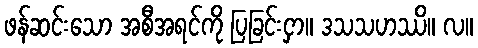
ဖန်ဆင်းသော အစီအရင်ကို ပြခြင်းငှာ။ ဒသသဟဿိ။ လ။